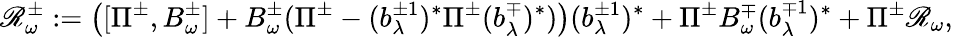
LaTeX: \mathscr R_{\omega}^{\pm}:=\left([\Pi^{\pm},B_{\omega}^{\pm}]+B_{\omega}^{\pm}(\Pi^{\pm}-(b_{\lambda}^{\pm 1})^{*}\Pi^{\pm}(b_{\lambda}^{\mp})^{*})\right)(b_{\lambda}^{\pm 1})^{*}+\Pi^{\pm}B_{\omega}^{\mp}(b_{\lambda}^{\mp 1})^{*}+\Pi^{\pm}\mathscr R_{\omega},